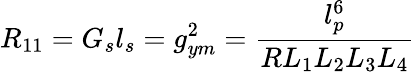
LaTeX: R_{11}=G_{s}l_{s}=g_{ym}^{2}=\frac{l_{p}^{6}}{RL_{1}L_{2}L_{3}L_{4}}